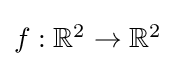
{\textstyle f:\mathbb {R} ^{2}\to \mathbb {R} ^{2}}